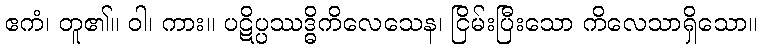
ဧကံ၊ တူ၏။ ဝါ၊ ကား။ ပဋိပ္ပဿဒ္ဓိကိလေသေန၊ ငြိမ်းပြီးသော ကိလေသာရှိသော။